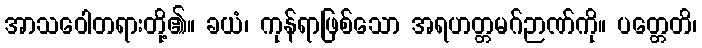
အာသဝေါတရားတို့၏။ ခယံ၊ ကုန်ရာဖြစ်သော အရဟတ္တမဂ်ဉာဏ်ကို။ ပတ္တေတိ၊